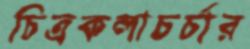
চিত্রকলাচর্চার